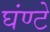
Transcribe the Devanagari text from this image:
घंण्टे